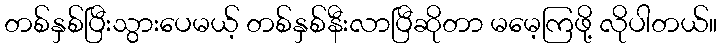
တစ်နှစ်ပြီးသွားပေမယ့် တစ်နှစ်နီးလာပြီဆိုတာ မမေ့ကြဖို့ လိုပါတယ်။